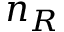
n _ { R }